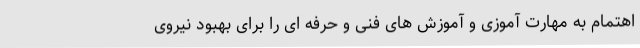
اهتمام به مهارت آموزی و آموزش های فنی و حرفه ای را برای بهبود نیروی